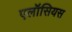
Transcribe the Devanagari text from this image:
एलॉसियस